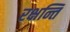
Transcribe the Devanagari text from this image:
रक्षन्ति